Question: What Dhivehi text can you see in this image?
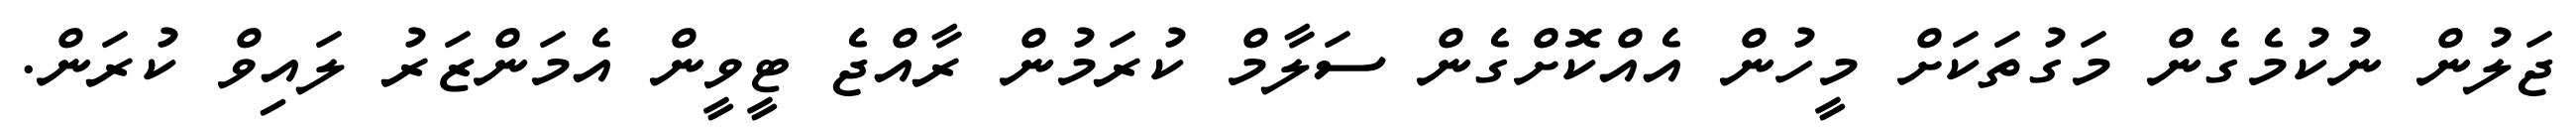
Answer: ޖަލުން ނުކުމެގެން މަގުތަކަށް މީހުން އެއްކޮށްގެން ސަލާމް ކުރަމުން ރާއްޖެ ޓީވީން އެމަންޒަރު ލައިވް ކުރަން.